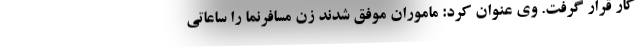
کار قرار گرفت. وی عنوان کرد: ماموران موفق شدند زن مسافرنما را ساعاتی